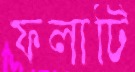
ফলাটি